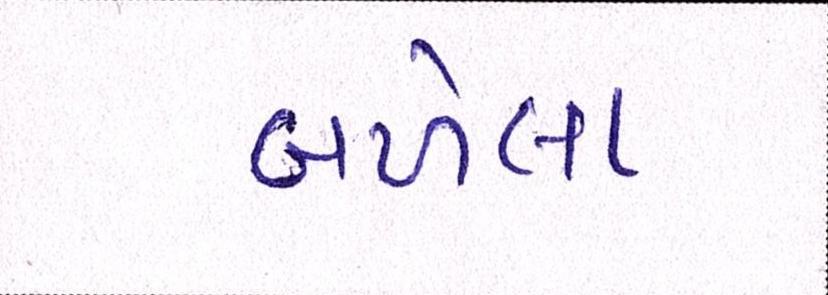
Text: બળેલા